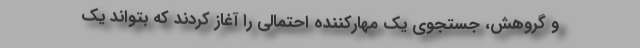
و گروهش، جستجوی یک مهارکننده‌ احتمالی را آغاز کردند که بتواند یک